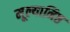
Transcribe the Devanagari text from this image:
मूल्यानिष्ठ